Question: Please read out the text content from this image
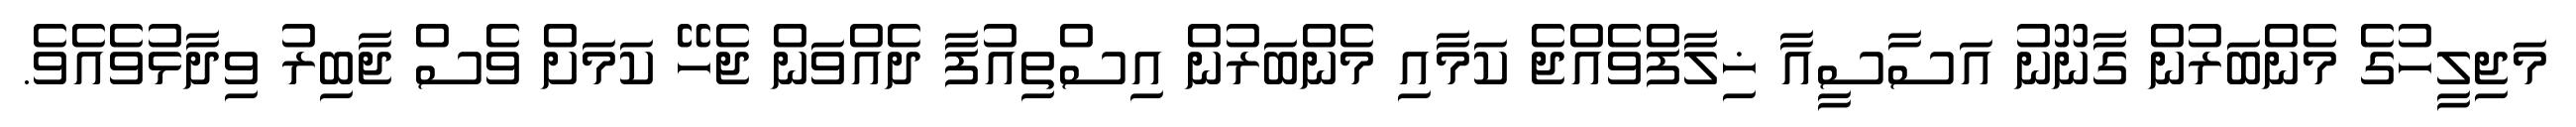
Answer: މަޖިލީހުގެ މެންބަރުން ގާނޫނު އަސާސީއާ ޚިލާފްވެއްޖެ ކަމާއި މެންބަރުން އިސްތިއުފާ ދެއްވަން ޖެހޭ ކަމަށް ވެސް ޖާބިރު ވިދާޅުވެއެވެ.